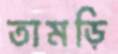
তামড়ি